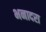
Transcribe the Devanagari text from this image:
भनादरा